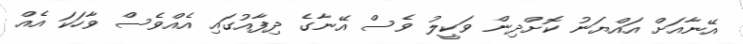
އޭނާއަށް އައްޔަނު ކޮށްދިން ވަކީލު ވެސް އޭނާގެ ދިފާއުގައި އެއްވެސް ވާހަކަ އެއް